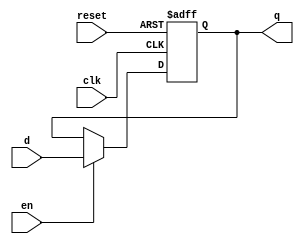
module dffen_2seg
(
    input wire clk, reset,
    input wire en,
    input wire d,
    output reg q
);
// s i g n a l d e c l a r a t i o n
reg data, nextdata;
// body
// D FF
always @(posedge clk , posedge reset)
if (reset)
    data <= 1'b0;
else
    data <= nextdata;

always @*
if(en)
    nextdata = d;
else
    nextdata = data;
// o u t p u t l o g i c
always @*
    q = data;

endmodule